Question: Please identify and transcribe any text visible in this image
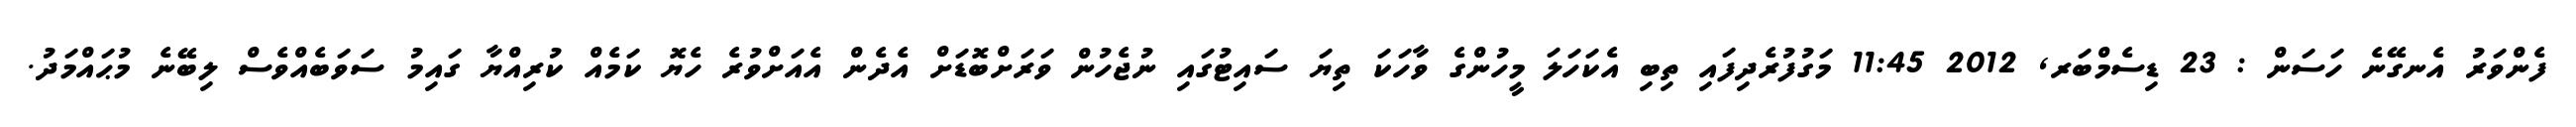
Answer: ފެންވަރު އެނގޭނެ ހަސަން : 23 ޑިސެމްބަރ, 2012 11:45 މަގުފުރެދިފައި ތިބި އެކަހަލަ މީހުންގެ ވާހަކަ ތިޔަ ސައިޓުގައި ނުޖެހުން ވަރަށްބޮޑަށް އެދެން އެއަށްވުރެ ހެޔޮ ކަމެއް ކުރިއްޔާ ގައިމު ސަވަބެއްވެސް ލިބޭނެ މުޙައްމަދު.